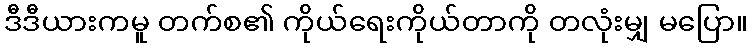
ဒီဒီယားကမူ တက်စ၏ ကိုယ်ရေးကိုယ်တာကို တလုံးမျှ မပြော။